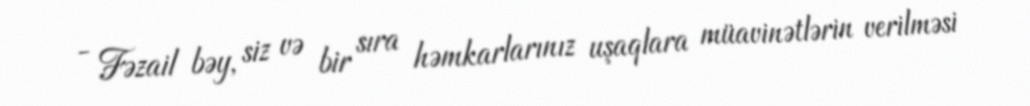
- Fəzail bəy, siz və bir sıra həmkarlarınız uşaqlara müavinətlərin verilməsi